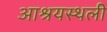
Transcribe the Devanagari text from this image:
आश्रयस्थली